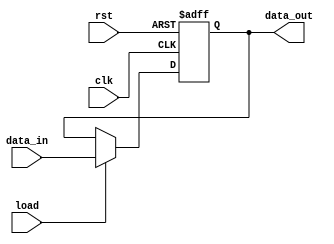

`timescale 1ns/1ns

module Reg1_CSR(
    clk,
    rst,
    load,
    data_in, 
    data_out 
);

    input clk, rst, load;
    input   [3:0] data_in;
    output  reg [3:0] data_out;
    
    always @ (posedge clk or posedge rst) begin
    
        if(rst)
            data_out <= 4'd15;
        else if (load)
                data_out <= data_in;
            else 
                data_out <= data_out;
    end

endmodule